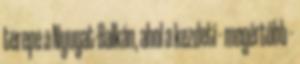
terepe a Nyugat-Balkán, ahol a kezdeti - megértőbb -